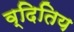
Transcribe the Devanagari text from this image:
व्दितिय